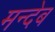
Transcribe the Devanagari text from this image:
मन्देब